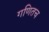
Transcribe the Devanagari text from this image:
गणितच